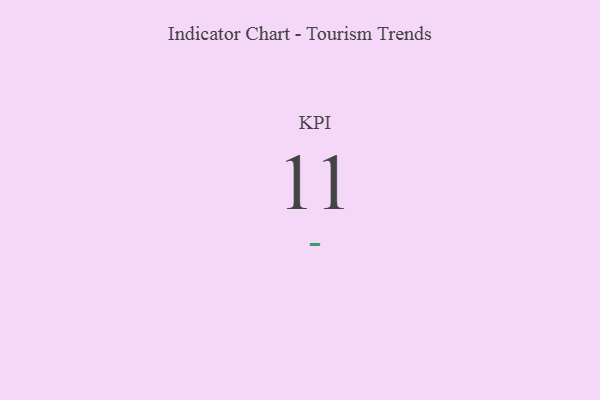
{"axis": {"x": "KPI", "y": "Value"}, "legend": [""], "data": [{"x": "KPI", "y": 11, "type": ""}]}